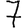
Digit: 7